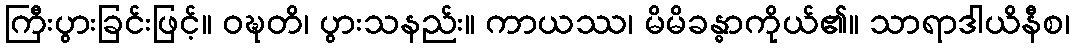
ကြီးပွားခြင်းဖြင့်။ ဝဍ္ဎတိ၊ ပွားသနည်း။ ကာယဿ၊ မိမိခန္ဓာကိုယ်၏။ သာရာဒါယိနီစ၊